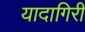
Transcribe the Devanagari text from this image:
यादागिरी